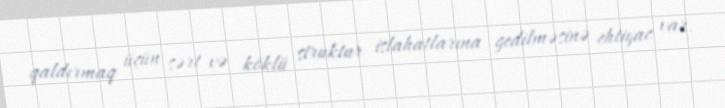
qaldırmaq üçün sərt və köklü struktur islahatlarına gedilməsinə ehtiyac var.